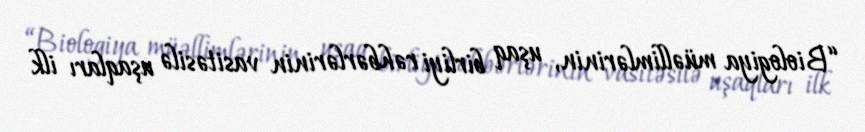
“Biologiya müəllimlərinin, uşaq birliyi rəhbərlərinin vasitəsilə uşaqları ilk